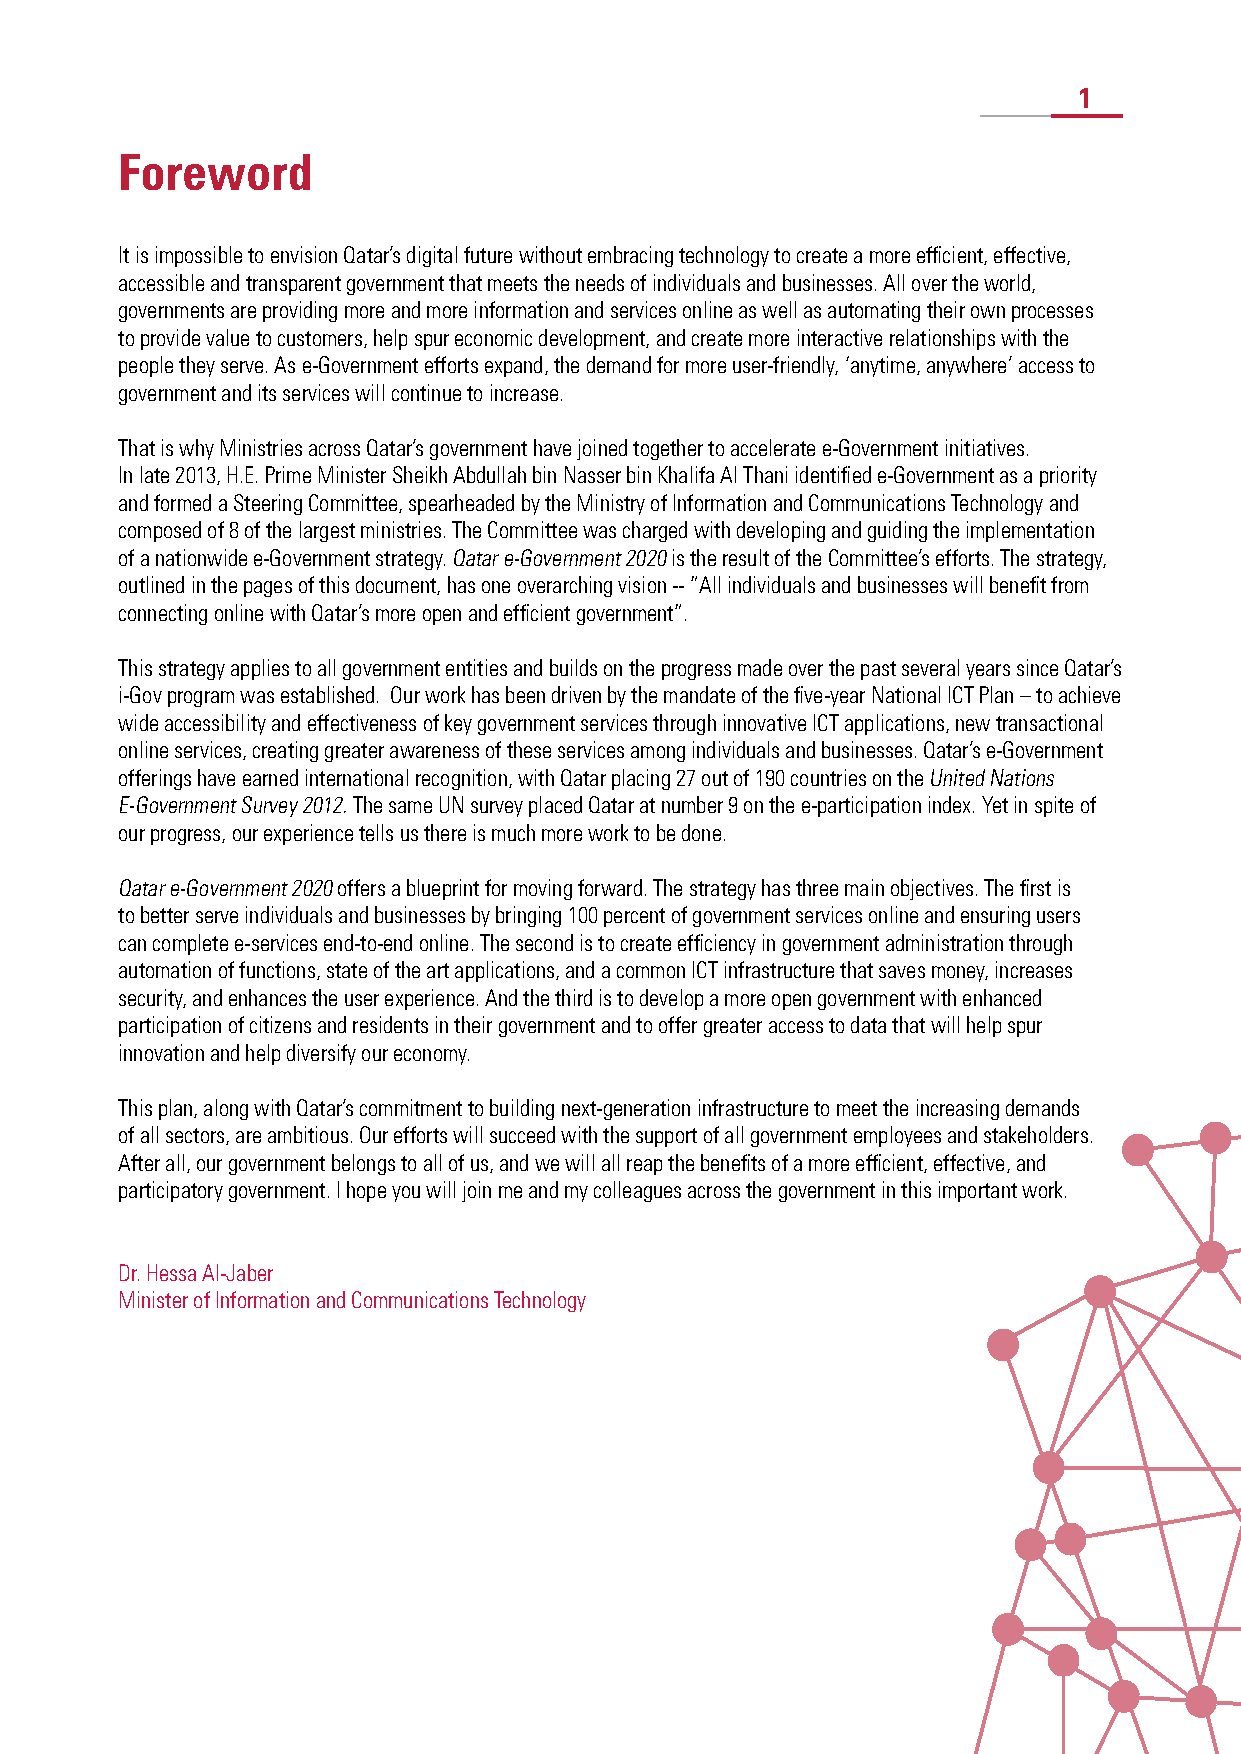
1
 Foreword
 It is impossible to envision Qatar’s digital future without embracing technology to create a more efficient, effective,
 accessible and transparent government that meets the needs of individuals and businesses. All over the world,
 governments are providing more and more information and services online as well as automating their own processes
 to provide value to customers, help spur economic development, and create more interactive relationships with the
 people they serve. As e-Government efforts expand, the demand for more user-friendly, ‘anytime, anywhere’ access to
 government and its services will continue to increase.
 That is why Ministries across Qatar’s government have joined together to accelerate e-Government initiatives.
 In late 2013, H.E. Prime Minister Sheikh Abdullah bin Nasser bin Khalifa Al Thani identified e-Government as a priority
 and formed a Steering Committee, spearheaded by the Ministry of Information and Communications Technology and
 composed of 8 of the largest ministries. The Committee was charged with developing and guiding the implementation
 of a nationwide e-Government strategy. Qatar e-Government 2020 is the result of the Committee’s efforts. The strategy,
 outlined in the pages of this document, has one overarching vision -- ”All individuals and businesses will benefit from
 connecting online with Qatar’s more open and efficient government”.
 This strategy applies to all government entities and builds on the progress made over the past several years since Qatar’s
 i-Gov program was established. Our work has been driven by the mandate of the five-year National ICT Plan – to achieve
 wide accessibility and effectiveness of key government services through innovative ICT applications, new transactional
 online services, creating greater awareness of these services among individuals and businesses. Qatar’s e-Government
 offerings have earned international recognition, with Qatar placing 27 out of 190 countries on the United Nations
 E-Government Survey 2012. The same UN survey placed Qatar at number 9 on the e-participation index. Yet in spite of
 our progress, our experience tells us there is much more work to be done.
 Qatar e-Government 2020 offers a blueprint for moving forward. The strategy has three main objectives. The first is
 to better serve individuals and businesses by bringing 100 percent of government services online and ensuring users
 can complete e-services end-to-end online. The second is to create efficiency in government administration through
 automation of functions, state of the art applications, and a common ICT infrastructure that saves money, increases
 security, and enhances the user experience. And the third is to develop a more open government with enhanced
 participation of citizens and residents in their government and to offer greater access to data that will help spur
 innovation and help diversify our economy.
 This plan, along with Qatar’s commitment to building next-generation infrastructure to meet the increasing demands
 of all sectors, are ambitious. Our efforts will succeed with the support of all government employees and stakeholders.
 After all, our government belongs to all of us, and we will all reap the benefits of a more efficient, effective, and
 participatory government. I hope you will join me and my colleagues across the government in this important work.
 Dr. Hessa Al-Jaber
 Minister of Information and Communications Technology